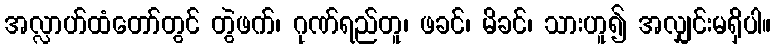
အလ္လာဟ်ထံတော်တွင် တွဲဖက်၊ ဂုဏ်ရည်တူ၊ ဖခင်၊ မိခင်၊ သားဟူ၍ အလျှင်းမရှိပါ။